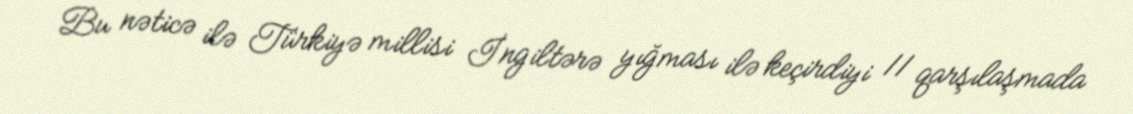
Bu nəticə ilə Türkiyə millisi İngiltərə yığması ilə keçirdiyi 11 qarşılaşmada